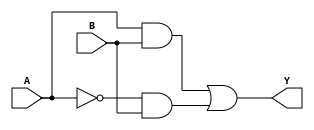
module xor_gate(input A, input B, output Y);

wire not_A, not_B;

assign not_A = ~A;
assign not_B = ~B;

// Transmission gates for passing input signals A and B directly
assign Y_direct = A & B;

// Transmission gate for passing inverted signal of input A
assign Y_inv_A = not_A & B;

// Output of XOR gate is OR of all transmission gates
assign Y = Y_direct | Y_inv_A;

endmodule